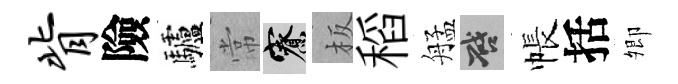
背險驢常寮板稻艋啓帳括𡖖